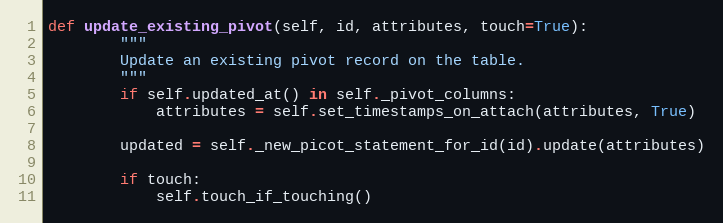
Language: Python
def update_existing_pivot(self, id, attributes, touch=True):
        """
        Update an existing pivot record on the table.
        """
        if self.updated_at() in self._pivot_columns:
            attributes = self.set_timestamps_on_attach(attributes, True)

        updated = self._new_picot_statement_for_id(id).update(attributes)

        if touch:
            self.touch_if_touching()